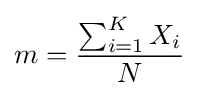
m={\frac {\sum _{i=1}^{K}X_{i}}{N}}